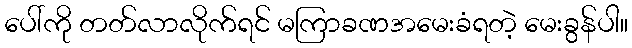
ပေါ်ကို တတ်လာလိုက်ရင် မကြာခဏအမေးခံရတဲ့ မေးခွန်ပါ။